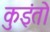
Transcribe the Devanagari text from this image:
कुइंतो